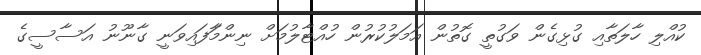
ކުއްލި ހާލަތާއި ގުޅިގެން ވަގުތީ ގޮތުން އަމަލުކުރުން ހުއްޓާލުމަށް ނިންމާަފައިވަނީ ގާނޫނު އަސާސީގެ